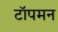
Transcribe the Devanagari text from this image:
टॉपमन